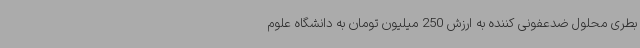
بطری محلول ضدعفونی کننده به ارزش 250 میلیون تومان به دانشگاه علوم